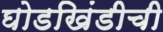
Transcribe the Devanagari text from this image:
घोडखिंडीची